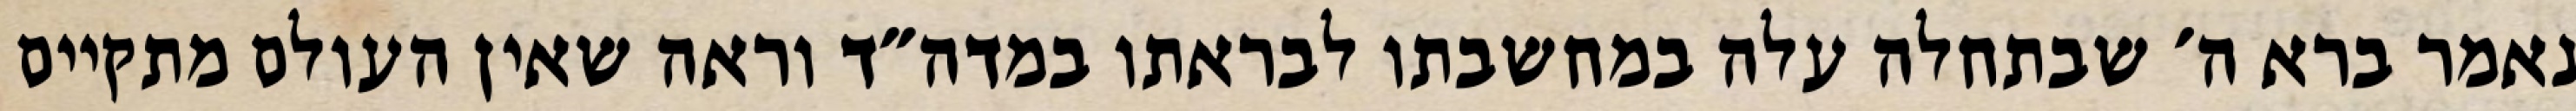
נאמר ברא ה׳ שבתחלה עלה במחשבתו לבראתו במדה״ד וראה שאין העולם מתקיים